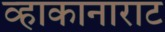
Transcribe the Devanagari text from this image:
व्हाकानाराट